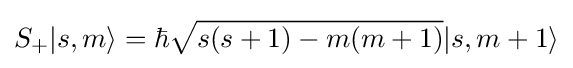
S_{+}|s,m\rangle =\hbar {\sqrt {s(s+1)-m(m+1)}}|s,m+1\rangle